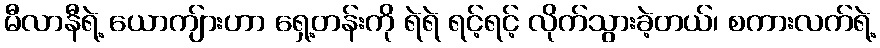
မီလာနီရဲ့ ယောကျ်ားဟာ ရှေ့တန်းကို ရဲရဲ ရင့်ရင့် လိုက်သွားခဲ့တယ်၊ စကားလက်ရဲ့